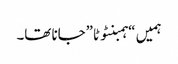
ہمیں “ہمبنٹوٹا”جانا تھا۔